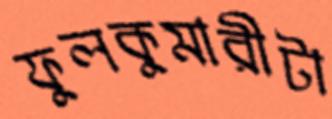
ফুলকুমারীটা